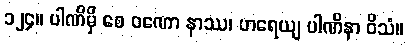
၁၂၄။ ပါဏိမှိ စေ ဝဏော နာဿ၊ ဟရေယျ ပါဏိနာ ဝိသံ။